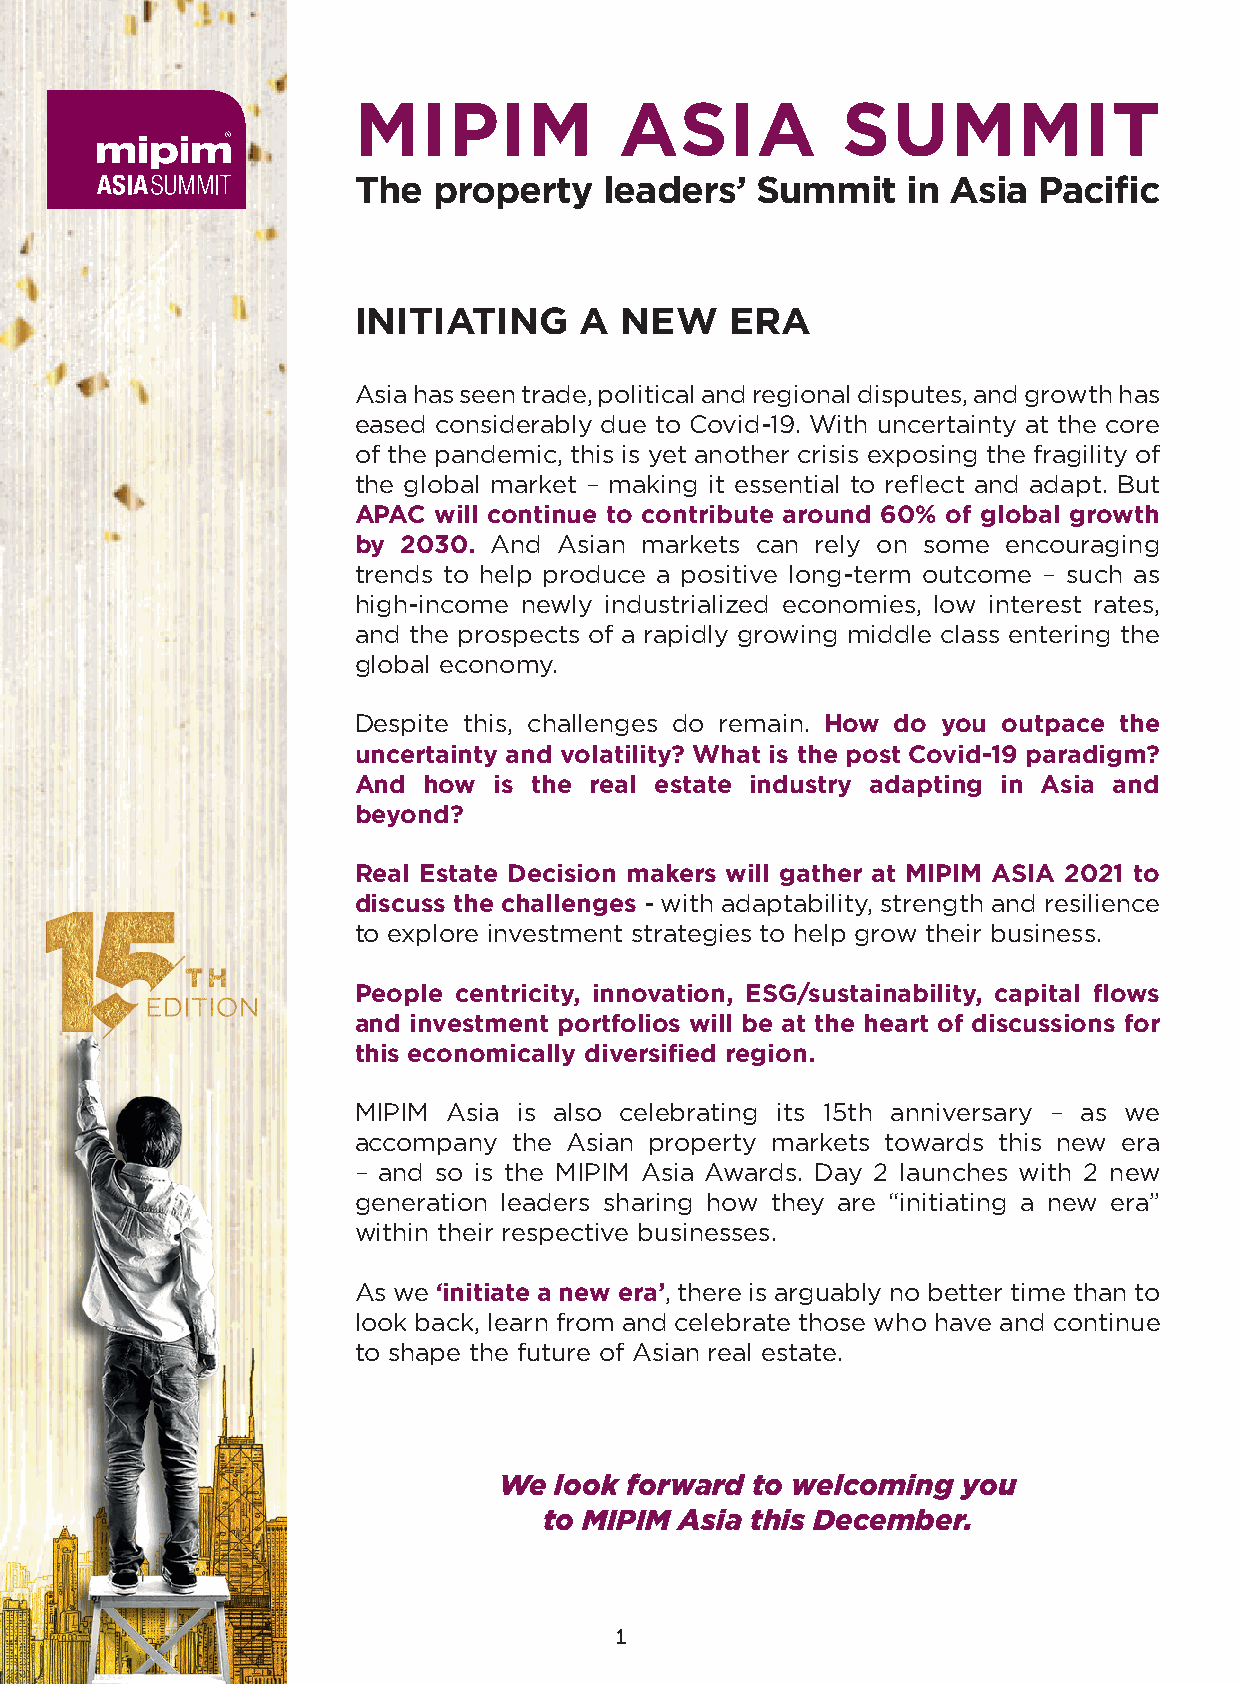
MIPIM             ASIA           SUMMIT
 The   property   leaders’  Summit    in Asia  Pacific
 INITIATING     A  NEW    ERA
 Asia has seen trade, political and regional disputes, and growth has
 eased considerably due to Covid-19. With uncertainty at the core
 of the pandemic, this is yet another crisis exposing the fragility of
 the global market – making it essential to reflect and adapt. But
 APAC  will continue to contribute around 60% of global growth
 by  2030. And Asian markets can rely on some encouraging
 trends to help produce a positive long-term outcome – such as
 high-income newly industrialized economies, low interest rates,
 and the prospects of a rapidly growing middle class entering the
 global economy.
 Despite this, challenges do remain. How do you outpace the
 uncertainty and volatility? What is the post Covid-19 paradigm?
 And  how  is the real estate industry adapting in Asia and
 beyond?
 Real Estate Decision makers will gather at MIPIM ASIA 2021 to
 discuss the challenges - with adaptability, strength and resilience
 to explore investment strategies to help grow their business.
 People centricity, innovation, ESG/sustainability, capital flows
 and investment portfolios will be at the heart of discussions for
 this economically diversified region.
 MIPIM  Asia is also celebrating its 15th anniversary – as we
 accompany  the Asian property markets towards this new era
 – and so is the MIPIM Asia Awards. Day 2 launches with 2 new
 generation leaders sharing how they are “initiating a new era”
 within their respective businesses.
 As we ‘initiate a new era’, there is arguably no better time than to
 look back, learn from and celebrate those who have and continue
 to shape the future of Asian real estate.
 We  look forward to welcoming  you
 to MIPIM Asia this December.
 1